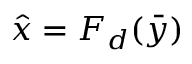
\hat { x } = F _ { d } ( \bar { y } )